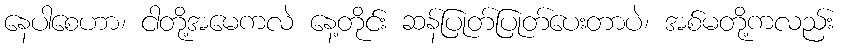
နေပါစေဟာ၊ ငါတို့အမေကလဲ နေ့တိုင်း ဆန်ပြုတ်ပြုတ်ပေးတာပဲ၊ အစ်မတို့ကလည်း